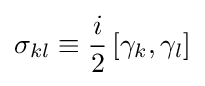
\sigma _{kl}\equiv {\frac {i}{2}}\left[\gamma _{k},\gamma _{l}\right]